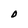
Character: D